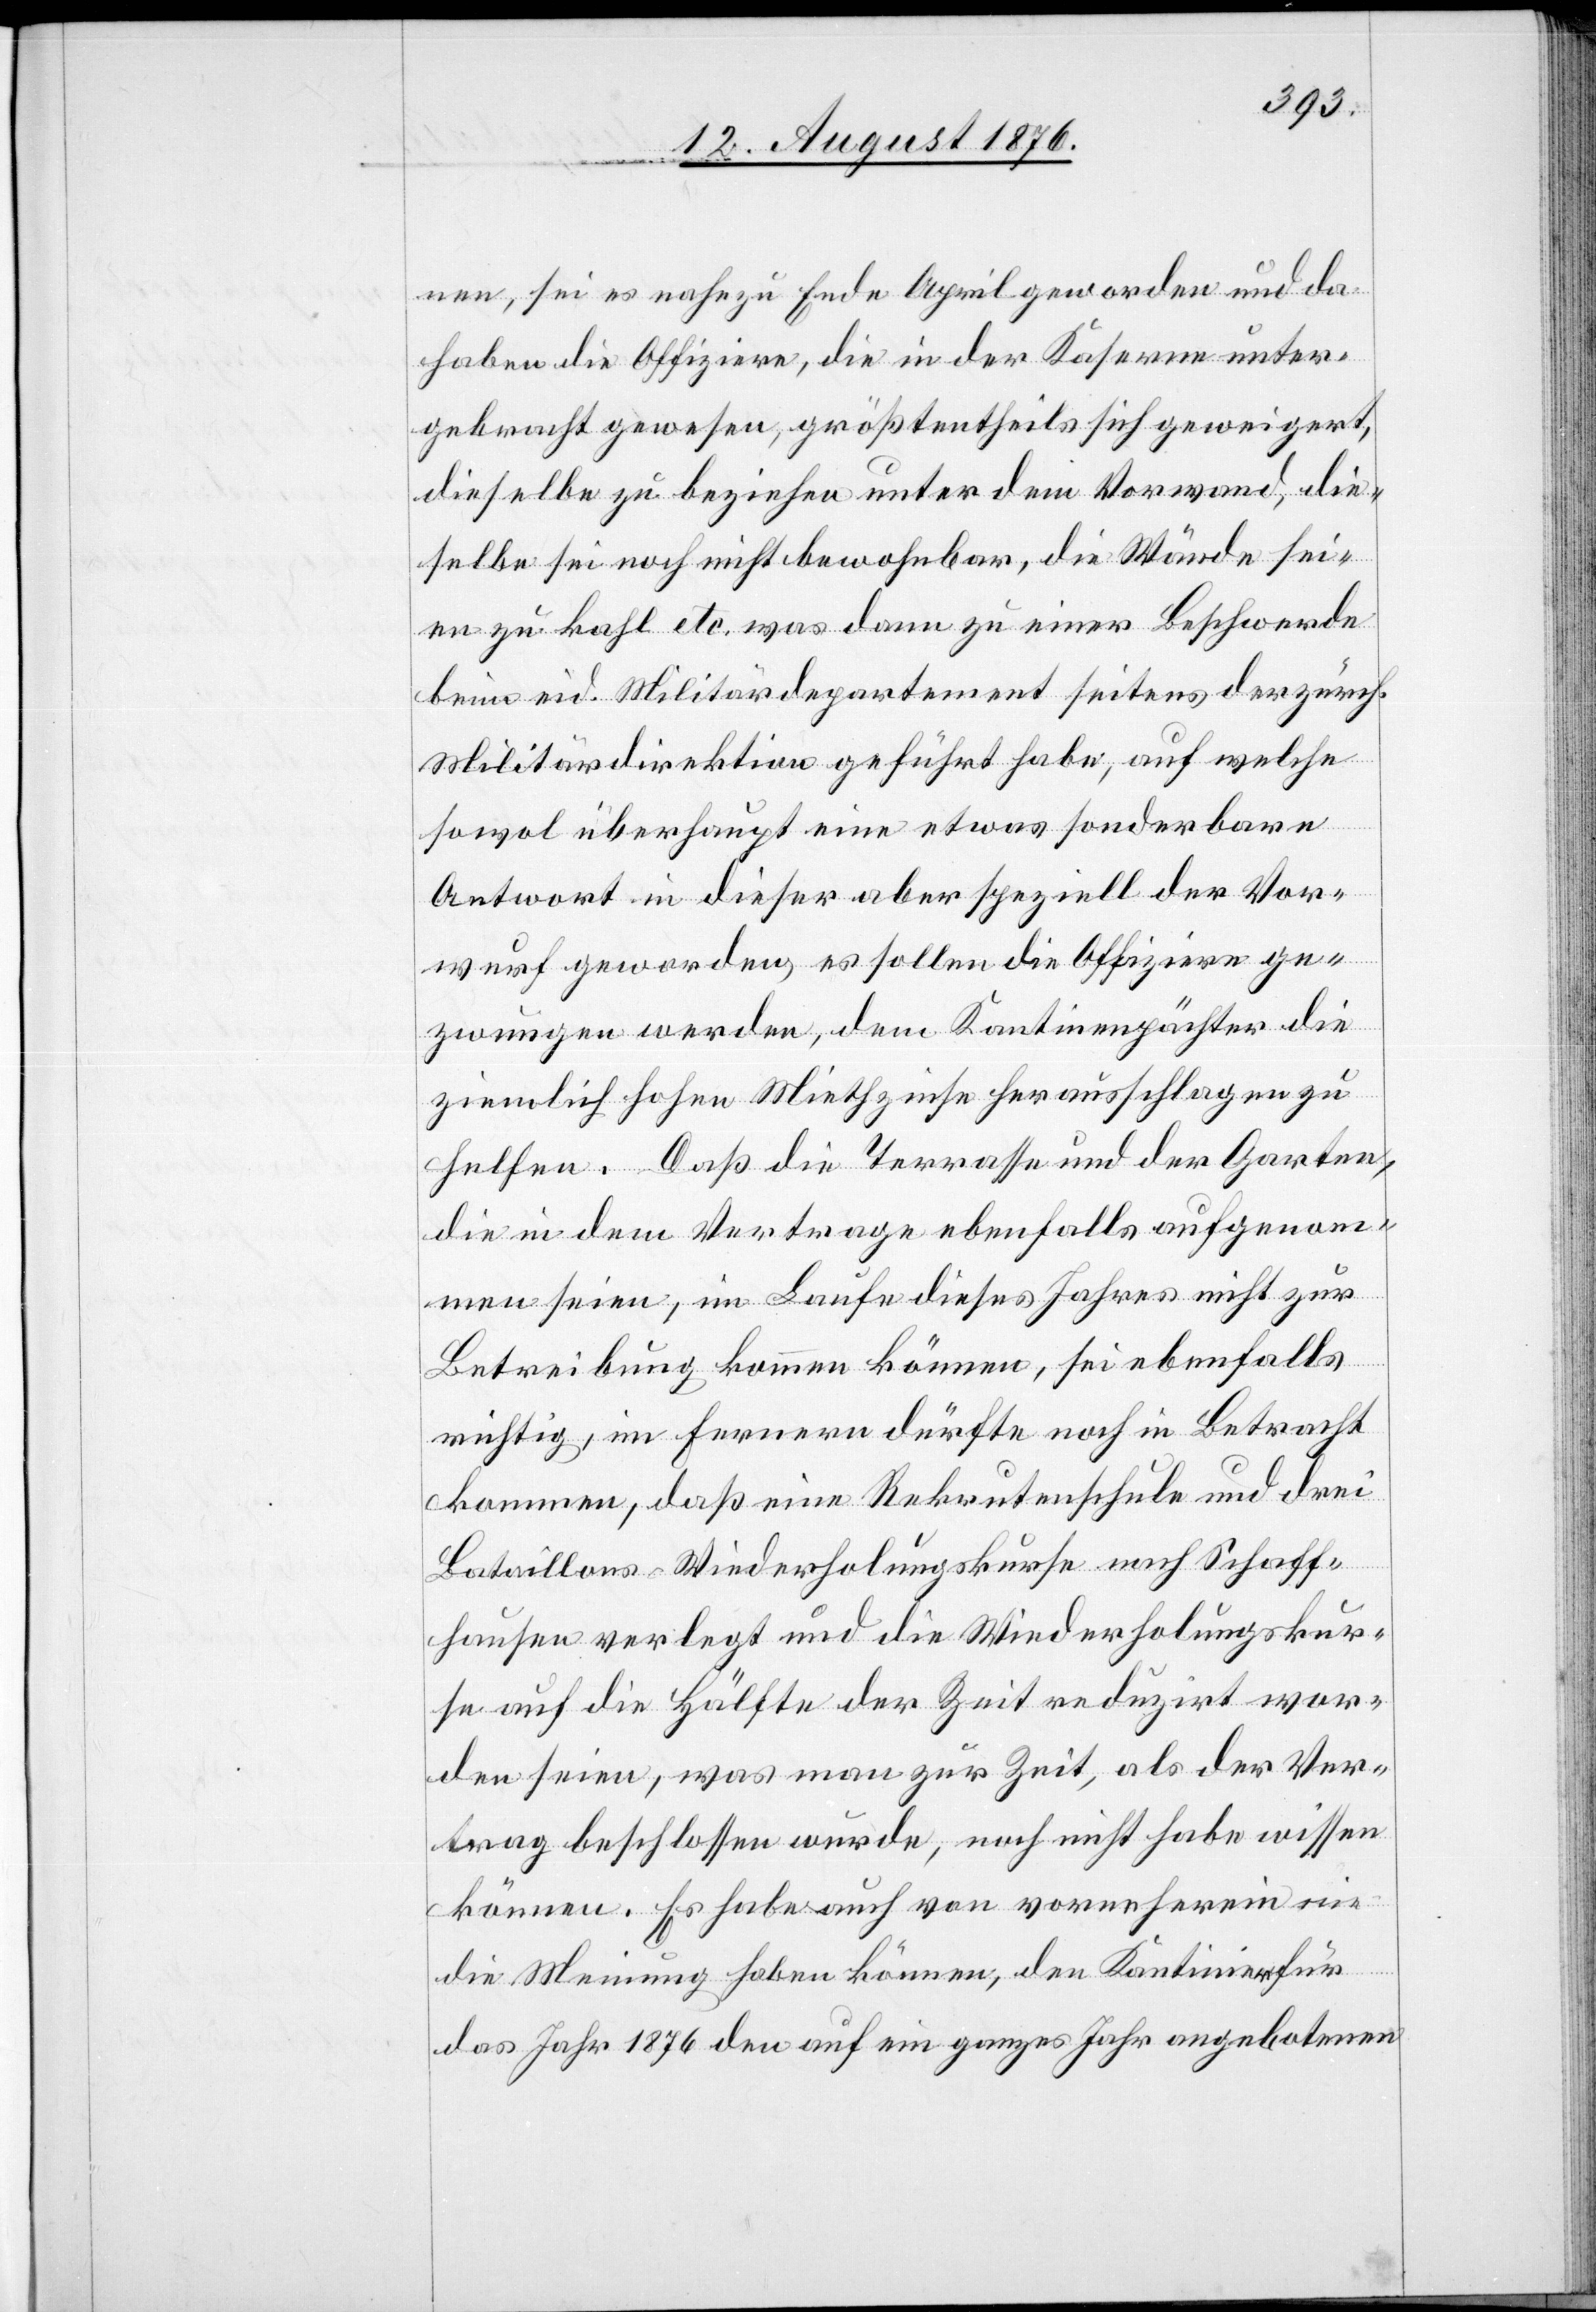
nen, sei es nahezu Ende April geworden und da
haben die Offiziere, die in der Kaserne unter¬
gebracht gewesen, größtentheils sich geweigert,
dieselbe zu beziehen unter dem Vorwand, die¬
selbe sei noch nicht bewohnbar, die Wände sei¬
en zu kahl etc. was dann zu einer Beschwerde
beim eid. Militärdepartement seitens der zürch.
Militärdirektion geführt habe, auf welche
sowol überhaupt eine etwas sonderbare
Antwort in dieser aber speziell der Vor¬
wurf geworden [sic!], es sollen die Offiziere ge¬
zwungen werden, dem Kantinenpächter die
ziemlich hohen Miethzinse herausschlagen zu
helfen [sic!]. Daß die Terrasse und der Garten,
die in dem Vertrage ebenfalls aufgenom¬
men seien, im Laufe dieses Jahres nicht zur
Betreibung kommen können, sei ebenfalls
richtig, im Fernern dürfte noch in Betracht
kommen, daß eine Rekrutenschule und drei
Bataillons Wiederholungskurse nach Schaff¬
hausen verlegt und die Wiederholungskur¬
se auf die Hälfte der Zeit reduzirt wor¬
den seien, was man zur Zeit, als der Ver¬
trag beschlossen wurde, noch nicht habe wissen
können. Es habe auch von vorneherein nie
die Meinung haben können, den Kantinier für
das Jahr 1876 den auf ein ganzes Jahr angebotenen